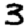
Digit: 3